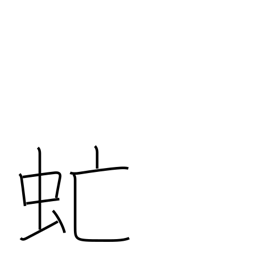
Meaning: gadfly